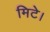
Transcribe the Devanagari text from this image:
मिटे।